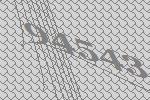
94543